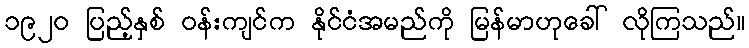
၁၉၂၀ ပြည့်နှစ် ဝန်းကျင်က နိုင်ငံအမည်ကို မြန်မာဟုခေါ် လိုကြသည်။